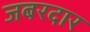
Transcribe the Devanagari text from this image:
जबरदार